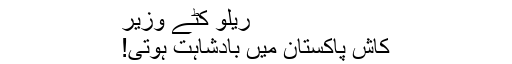
ریلو کٹے وزیر
کاش پاکستان میں بادشاہت ہوتی!